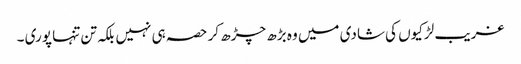
غریب لڑکیوں کی شادی میں وہ بڑھ چڑھ کر حصہ ہی نہیں بلکہ تن تنہا پوری ۔